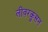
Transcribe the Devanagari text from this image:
लीवरकुसन